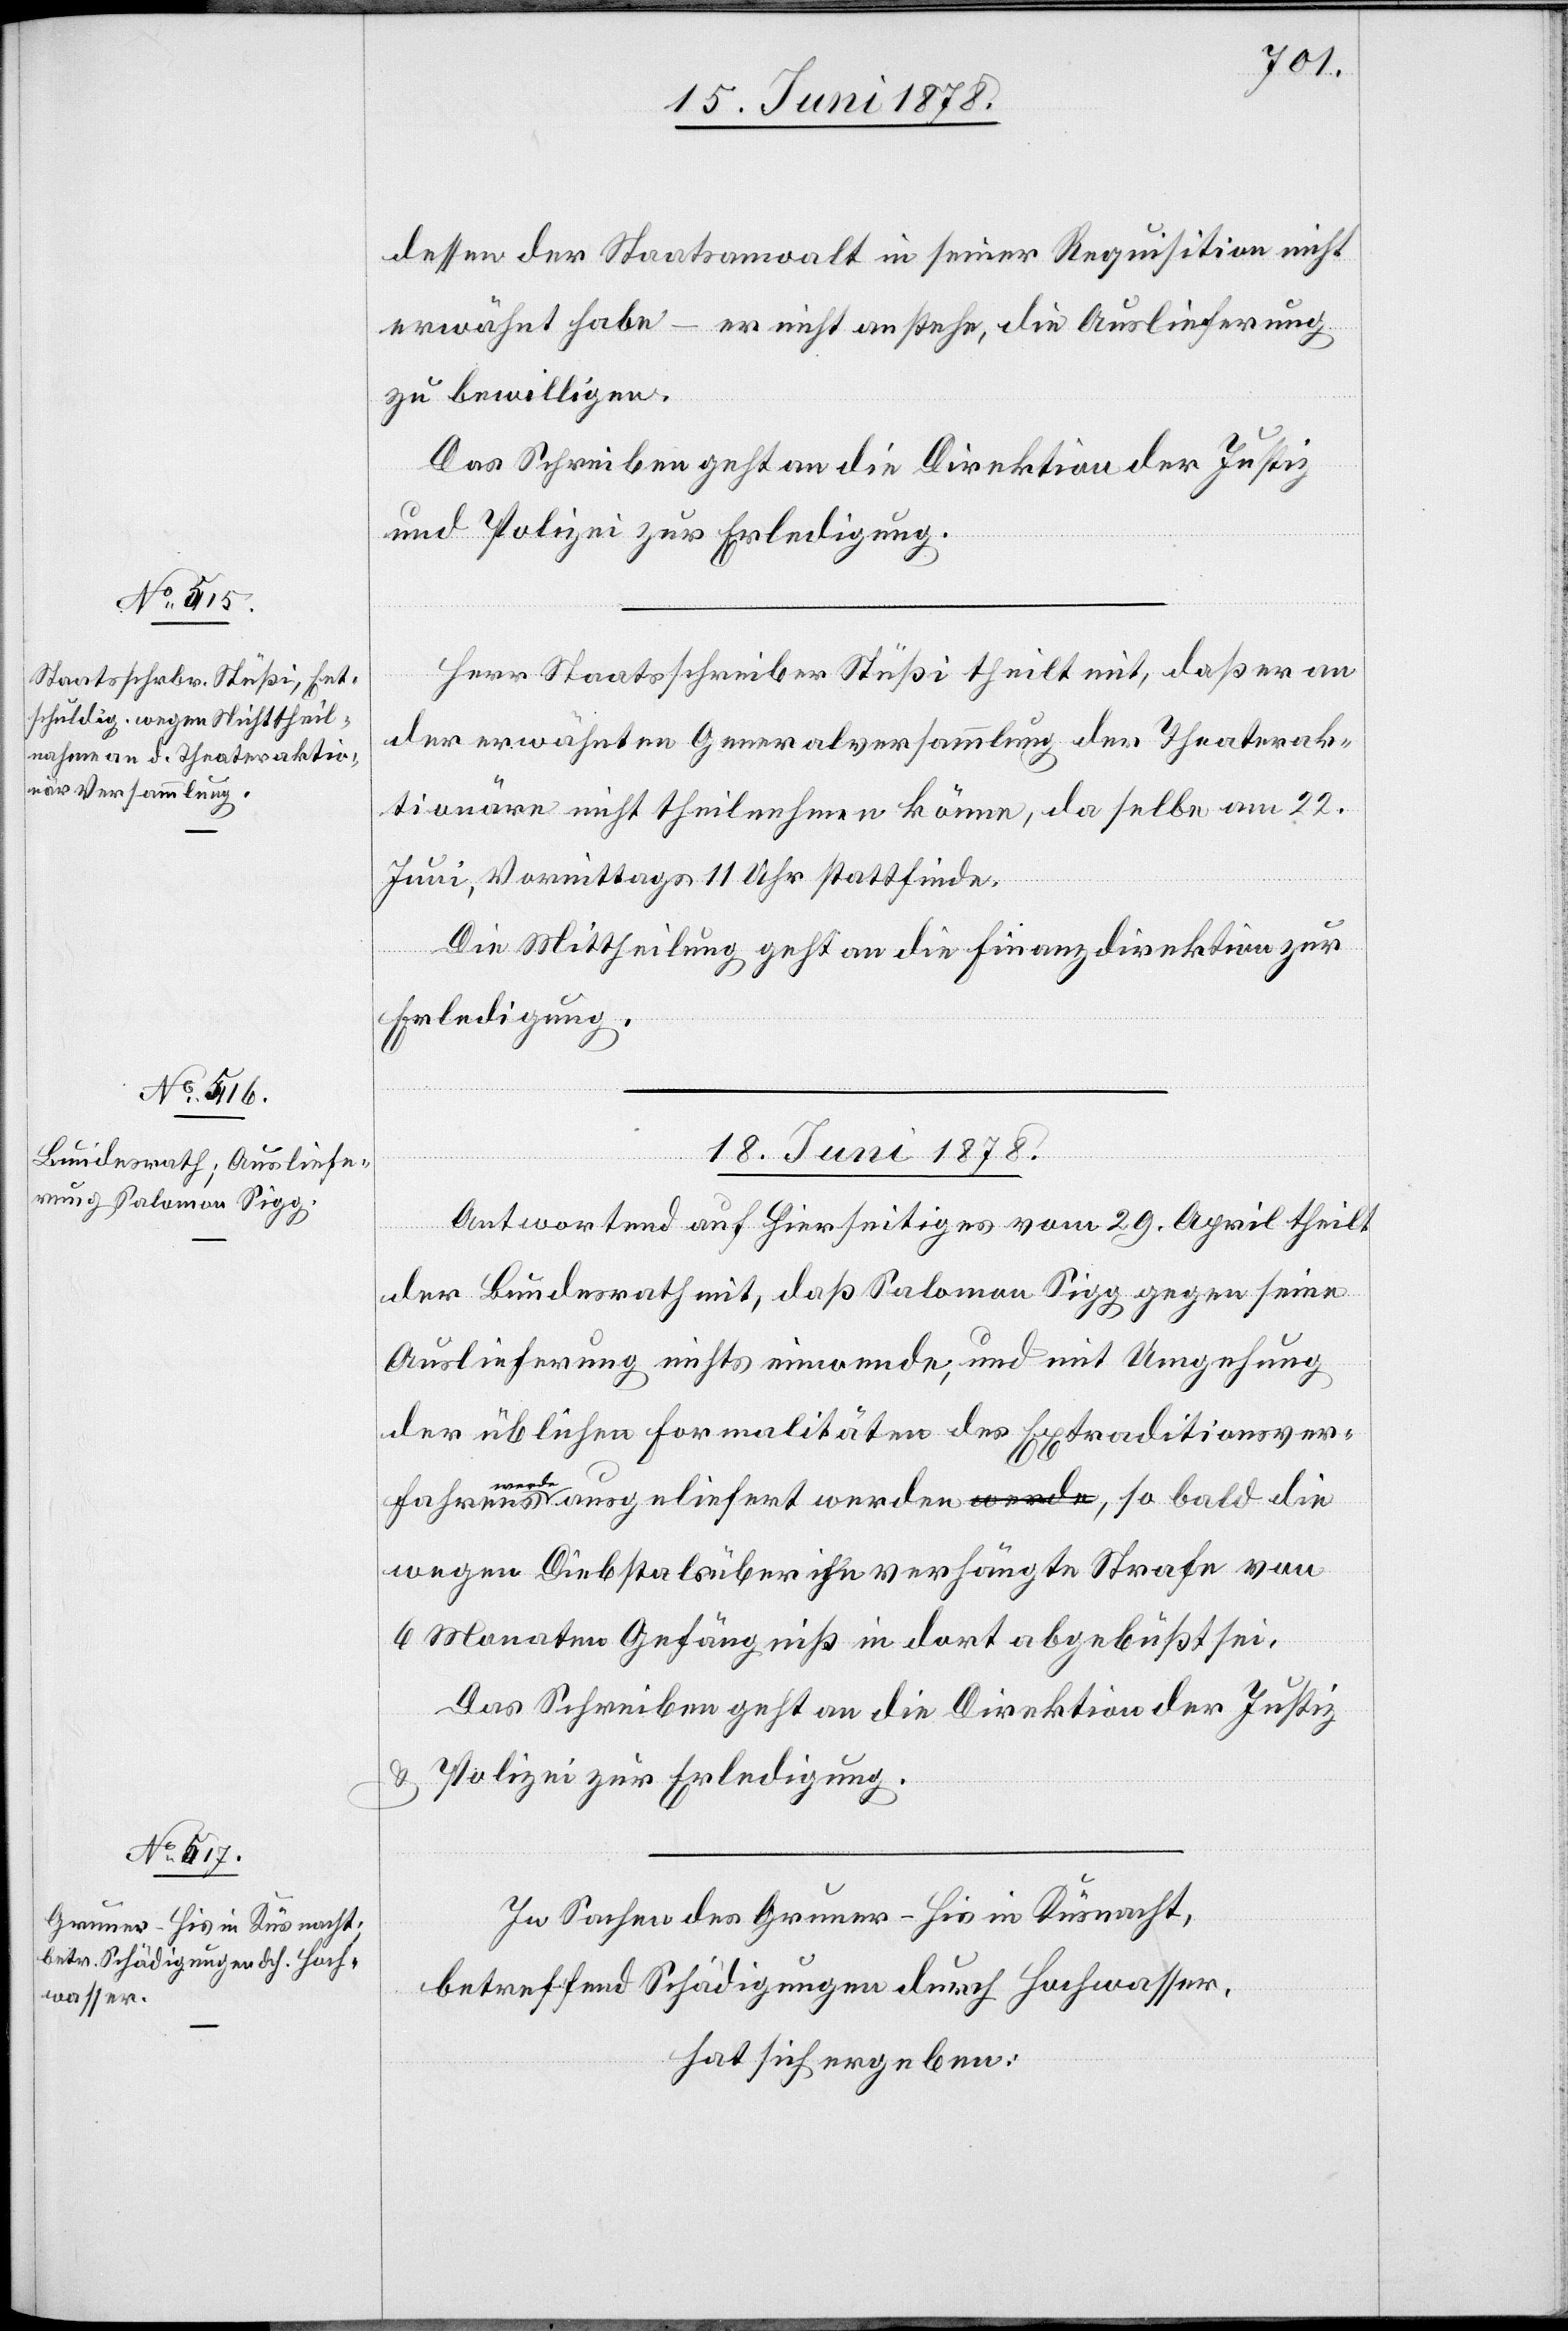
15. Juni 1878.]
dessen der Staatsanwalt in seiner Requisition nicht
erwähnt habe – er nicht anstehe, die Auslieferung
zu bewilligen.
Das Schreiben geht an die Direktion der Justiz
und Polizei zur Erledigung.
Herr Staatsschreiber Stüßi theilt mit, daß er an
der erwähnten Generalversammlung der Theaterak¬
tionäre nicht theilnehmen könne, da selbe am 22.
die
Juni, Vormittags 11 Uhr stattfinde.
Die Mittheilung geht an die Finanzdirektion zur
Erledigung.
18. Juni 1878.]
Antwortend auf Hierseitiges vom 29. April theilt
der Bundesrath mit, daß Salomon Sigg gegen seine
Auslieferung nichts einwende, und mit Umgehung
der üblichen Formalitäten des Extraditionsver¬
werde
wegen Diebstals über ihn verhängte Strafe von
6 Monaten Gefängniß in dort abgebüßt sei.
Das Schreiben geht an die Direktion der Justiz
& Polizei zur Erledigung.
In Sachen des Gruner-His in Küsnacht,
betreffend Schädigungen durch Hochwasser,
hat sich ergeben: